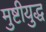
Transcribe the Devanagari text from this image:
मुष्टीयुद्ध